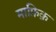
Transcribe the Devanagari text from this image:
माफ़िक़